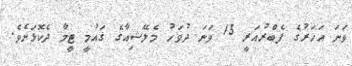
ވަނަ އަހަރުގެ ފެބްރުއަރީ 15 ވަނަ ދުވަހު މެލޭޝިއާގެ ގައުމީ ޓީމާ ދެކޮޅަށެވެ.